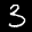
Label: 3